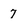
Character: 7